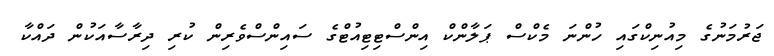
ޖަރުމަނުގެ މިއުނިކްގައި ހުންނަ މެކްސް ޕަލާންކް އިންސްޓިޓިއުޓްގެ ސައިންސްވެރިން ކުރި ދިރާސާއަކުން ދައްކާ